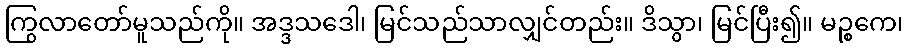
ကြွလာတော်မူသည်ကို။ အဒ္ဒသဒေါ၊ မြင်သည်သာလျှင်တည်း။ ဒိသွာ၊ မြင်ပြီး၍။ မဉ္စကေ၊